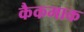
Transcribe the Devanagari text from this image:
कैकमाक